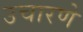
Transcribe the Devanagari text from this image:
उचारणे